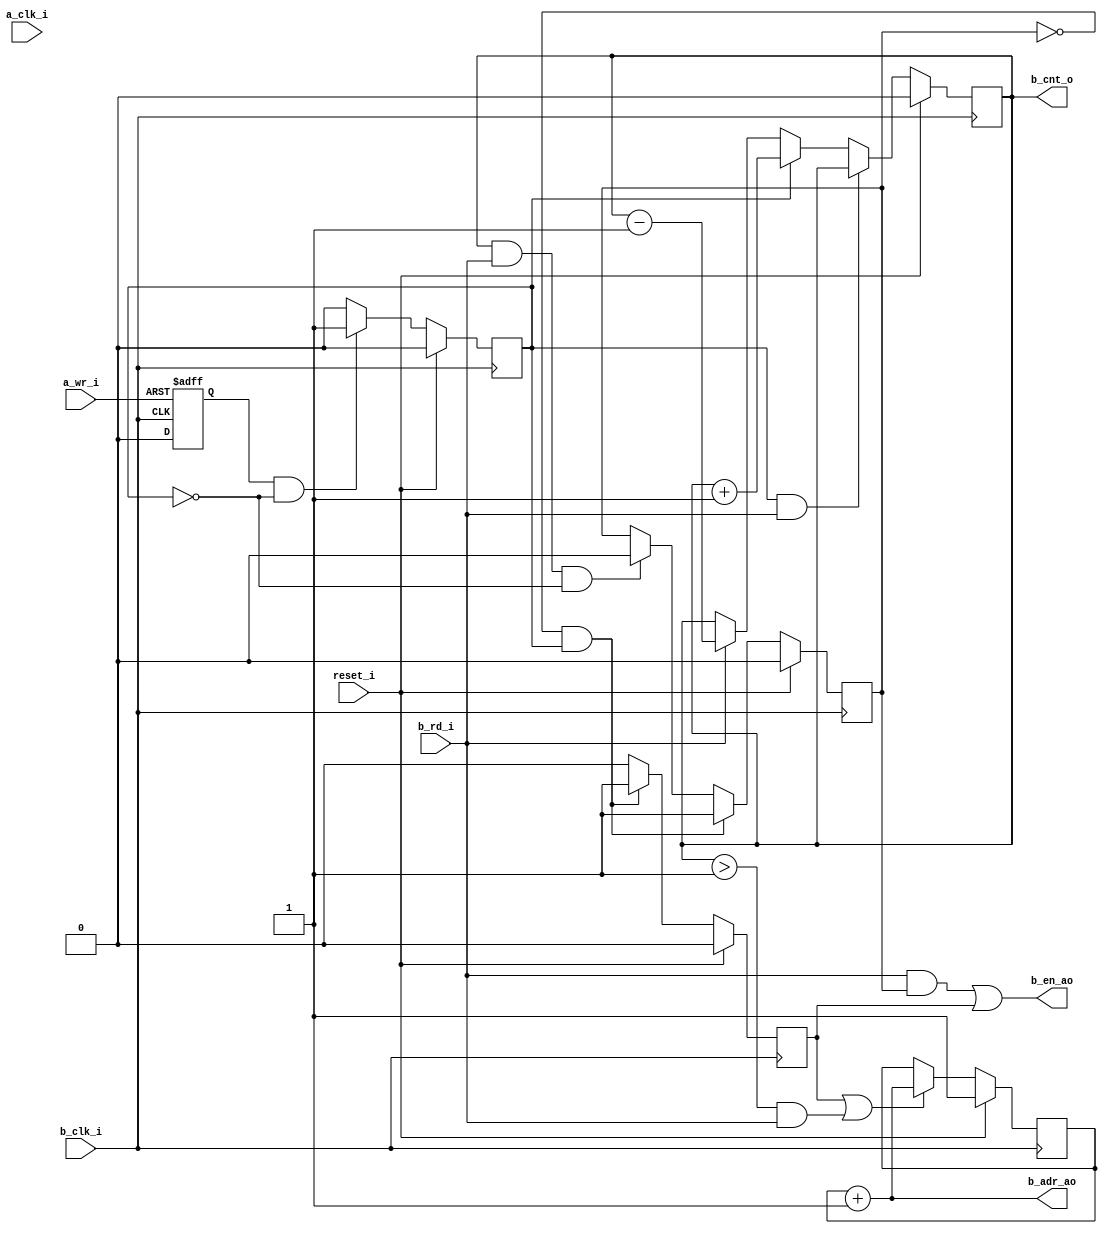
/***************************************************************************
 *                                                                         *
 *   pre_read.v - Hides a cycle of latency when using a registered block   *
 *     RAM, like with a large synchronous FIFO.                            *
 *                                                                         *
 *   Copyright (C) 2009 by Patrick Suggate                                 *
 *   patrick@physics.otago.ac.nz                                           *
 *                                                                         *
 *   This program is free software; you can redistribute it and/or modify  *
 *   it under the terms of the GNU General Public License as published by  *
 *   the Free Software Foundation; either version 2 of the License, or     *
 *   (at your option) any later version.                                   *
 *                                                                         *
 *   This program is distributed in the hope that it will be useful,       *
 *   but WITHOUT ANY WARRANTY; without even the implied warranty of        *
 *   MERCHANTABILITY or FITNESS FOR A PARTICULAR PURPOSE.  See the         *
 *   GNU General Public License for more details.                          *
 *                                                                         *
 *   You should have received a copy of the GNU General Public License     *
 *   along with this program; if not, write to the                         *
 *   Free Software Foundation, Inc.,                                       *
 *   59 Temple Place - Suite 330, Boston, MA  02111-1307, USA.             *
 ***************************************************************************/

// The goal is to keep the data on the outputs for the address one before the
// current input address, thereby pipelining the synchronous reading of the
// BRAM.

`timescale 1ns/100ps
module pre_read #(
	parameter	ADDRESS	= 1,
	parameter	INIT	= 0,
	parameter	ASB	= ADDRESS - 1
) (
	input		reset_i,
	
	input		a_clk_i,
	input		a_wr_i,
	
	input		b_clk_i,
	input		b_rd_i,
	output	[ASB:0]	b_cnt_o,
	output		b_en_ao,
	output	[ASB:0]	b_adr_ao
);

reg		primed	= 0;
reg	[ASB:0]	count	= 0;
reg	[ASB:0]	b_adr	= INIT - 1;
reg		oneshot	= 0;
reg		first	= 0;
reg		a_wr_r	= 0;

wire	#2 first_w	= !primed && a_wr_r;
wire	#2 empty_w	= (count == 0);
wire	#2 inc_ad	= first || ((count > 1) && b_rd_i);

assign	b_cnt_o		= count;
assign	#2 b_en_ao	= (b_rd_i && primed) || first;
assign	#3 b_adr_ao	= b_adr + 1;

// Clk B domain.
// TODO: Make synchronous?
always @(posedge b_clk_i or posedge a_wr_i)
	if (a_wr_i)	oneshot	<= #2 1;
	else		oneshot	<= #2 0;

always @(posedge b_clk_i)
	if (reset_i)			a_wr_r	<= #2 0;
	else if (oneshot && !a_wr_r)	a_wr_r	<= #2 1;
	else				a_wr_r	<= #2 0;
/*
always @(posedge b_clk_i)
	if (reset_i)	first	<= #2 0;
	else		first	<= #2 first_w;
*/
always @(posedge b_clk_i)
	if (reset_i)			count	<= #2 0;
	else if (a_wr_r && b_rd_i)	count	<= #2 count;
	else if (a_wr_r)		count	<= #2 count + 1;
	else if (b_rd_i)		count	<= #2 count - 1;

always @(posedge b_clk_i)
	if (reset_i)
		primed	<= #2 0;
	else if (first_w)
		primed	<= #2 1;
	else if (count == 1 && b_rd_i && !a_wr_r)
		primed	<= #2 0;

always @(posedge b_clk_i)
	if (reset_i)			first	<= #2 0;
	else if (a_wr_r && !primed)	first	<= #2 1;
	else				first	<= #2 0;

always @(posedge b_clk_i)
	if (reset_i)		b_adr	<= #2 INIT - 1;
	else if (inc_ad)	b_adr	<= #2 b_adr_ao;

endmodule	// pre_read